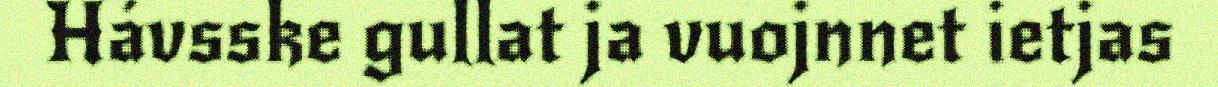
Hávsske gullat ja vuojnnet ietjas